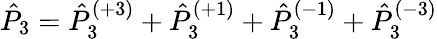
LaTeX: \hat{P}_{3}=\hat{P}_{3}^{(+3)}+\hat{P}_{3}^{(+1)}+\hat{P}_{3}^{(-1)}+\hat{P}_{3}^{(-3)}